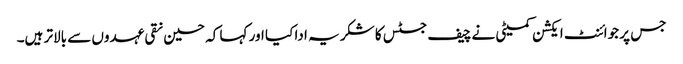
جس پر جوائنٹ ایکشن کمیٹی نے چیف جسٹس کا شکر یہ ادا کیا اور کہا کہ حسین نقی عہدوں سے بالاتر ہیں۔